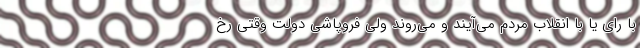
با رای یا با انقلاب مردم می‌آیند و می‌روند ولی فروپاشی دولت وقتی رخ